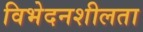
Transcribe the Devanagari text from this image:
विभेदनशीलता